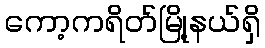
ကော့ကရိတ်မြို့နယ်ရှိ